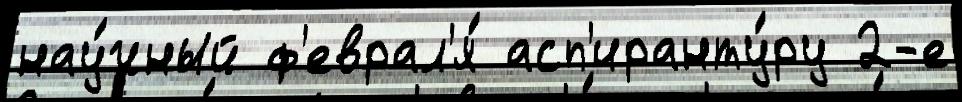
нау́чный ф'еврал'я́ асп'иранту́ру 2-е